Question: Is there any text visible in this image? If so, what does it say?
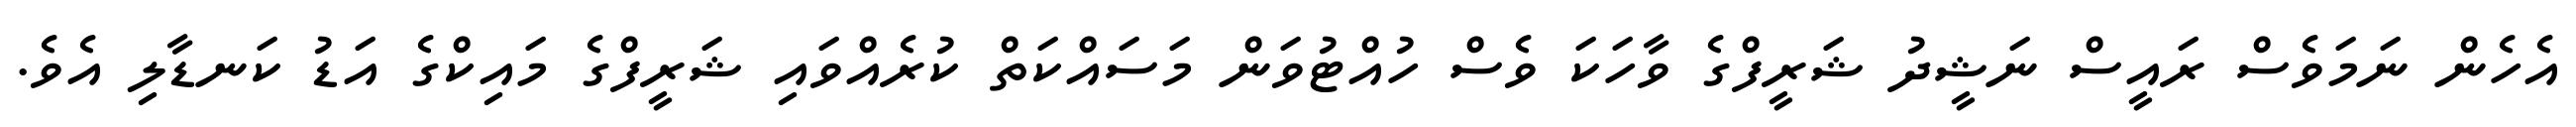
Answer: އެހެން ނަމަވެސް ރައީސް ނަޝީދު ޝަރީފްގެ ވާހަކަ ވެސް ހުއްޓުވަން މަސައްކަތް ކުރެއްވައި ޝަރީފްގެ މައިކްގެ އަޑު ކަނޑާލި އެވެ.